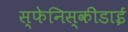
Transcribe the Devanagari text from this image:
स्फेनिस्कीडाई